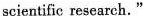
scientific research."